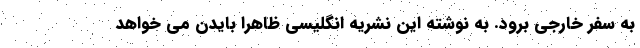
به سفر خارجی برود. به نوشته این نشریه انگلیسی ظاهرا بایدن می خواهد